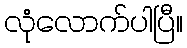
လုံလောက်ပါပြီ။